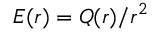
E ( r ) = Q ( r ) / r ^ { 2 }